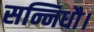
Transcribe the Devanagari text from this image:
सन्निधौ।